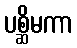
ပစ္ဆိမကာ